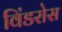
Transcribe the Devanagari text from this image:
विंडरोस